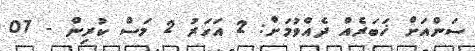
ސަންއަށް ޚަބަރެއް ދެއްވުމަށް: 2 އަހަރު 2 މަސް ކުރިން - 07